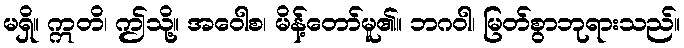
မရှိ။ ဣတိ၊ ဤသို့။ အဝေါစ၊ မိန့်တော်မူ၏။ ဘဂဝါ၊ မြတ်စွာဘုရားသည်။